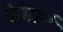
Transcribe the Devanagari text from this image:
केमार्ग